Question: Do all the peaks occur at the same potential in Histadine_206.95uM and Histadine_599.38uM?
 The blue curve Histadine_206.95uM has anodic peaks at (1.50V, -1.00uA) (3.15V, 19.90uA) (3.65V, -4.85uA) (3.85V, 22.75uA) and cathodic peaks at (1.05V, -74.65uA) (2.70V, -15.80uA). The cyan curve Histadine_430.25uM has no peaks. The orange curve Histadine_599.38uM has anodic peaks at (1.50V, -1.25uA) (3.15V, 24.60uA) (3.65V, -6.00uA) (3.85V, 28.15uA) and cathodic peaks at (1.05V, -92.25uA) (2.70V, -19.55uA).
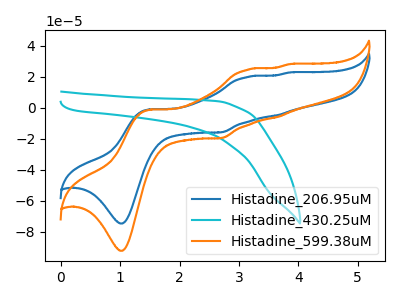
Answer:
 <answer>Yes, "Histadine_206.95uM" have a peak in "Histadine_599.38uM" at the same potential.</answer>
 <eval>match</eval>